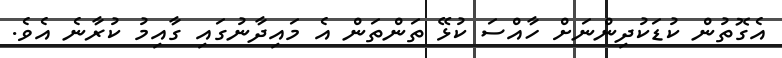
އެގޮތުން ކުޑަކުދިންނަށް ހާއްސަ ކުޅޭ ތަންތަން އެ މައިދާނުގައި ގާއިމު ކުރާނެ އެވެ.